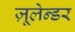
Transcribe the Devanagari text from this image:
ज़ूलेन्डर